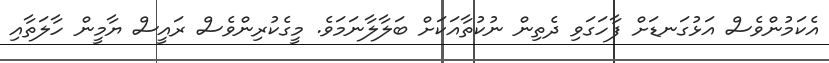
އެކަމުންވެސް އަޅުގަނޑަށް ފާހަގަވި ދެތިން ނުކުތާއަކަށް ބަލާލާނަމަވެ. މީގެކުރިންވެސް ރައީސް ޔާމީން ހާލަތާއި